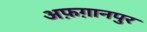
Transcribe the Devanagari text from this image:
अफ़ग़ानपुर